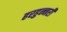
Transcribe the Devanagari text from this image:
हरहुन्‍नरी